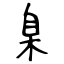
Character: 臬